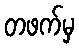
တဖက်မှ